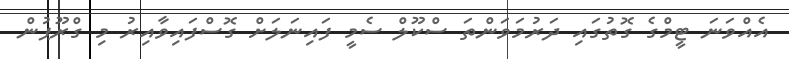
އެއްވަނަ ޓީމްގެ ގޮތުގައި ދަރުމަވަންތަ ސްކޫލް ސެމީ ފައިނަލަށް ގޮސްފައިވާއިރު މި ގްރޫޕުން